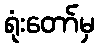
ရုံးတော်မှ